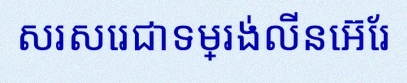
សរសេរជាទម្រង់លីនេអ៊ែរ